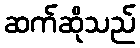
ဆက်ဆိုသည်